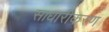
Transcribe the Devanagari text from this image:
साधारीकरण